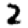
Digit: 2